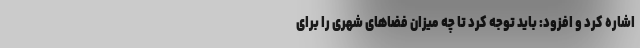
اشاره کرد و افزود: باید توجه کرد تا چه میزان فضاهای شهری را برای